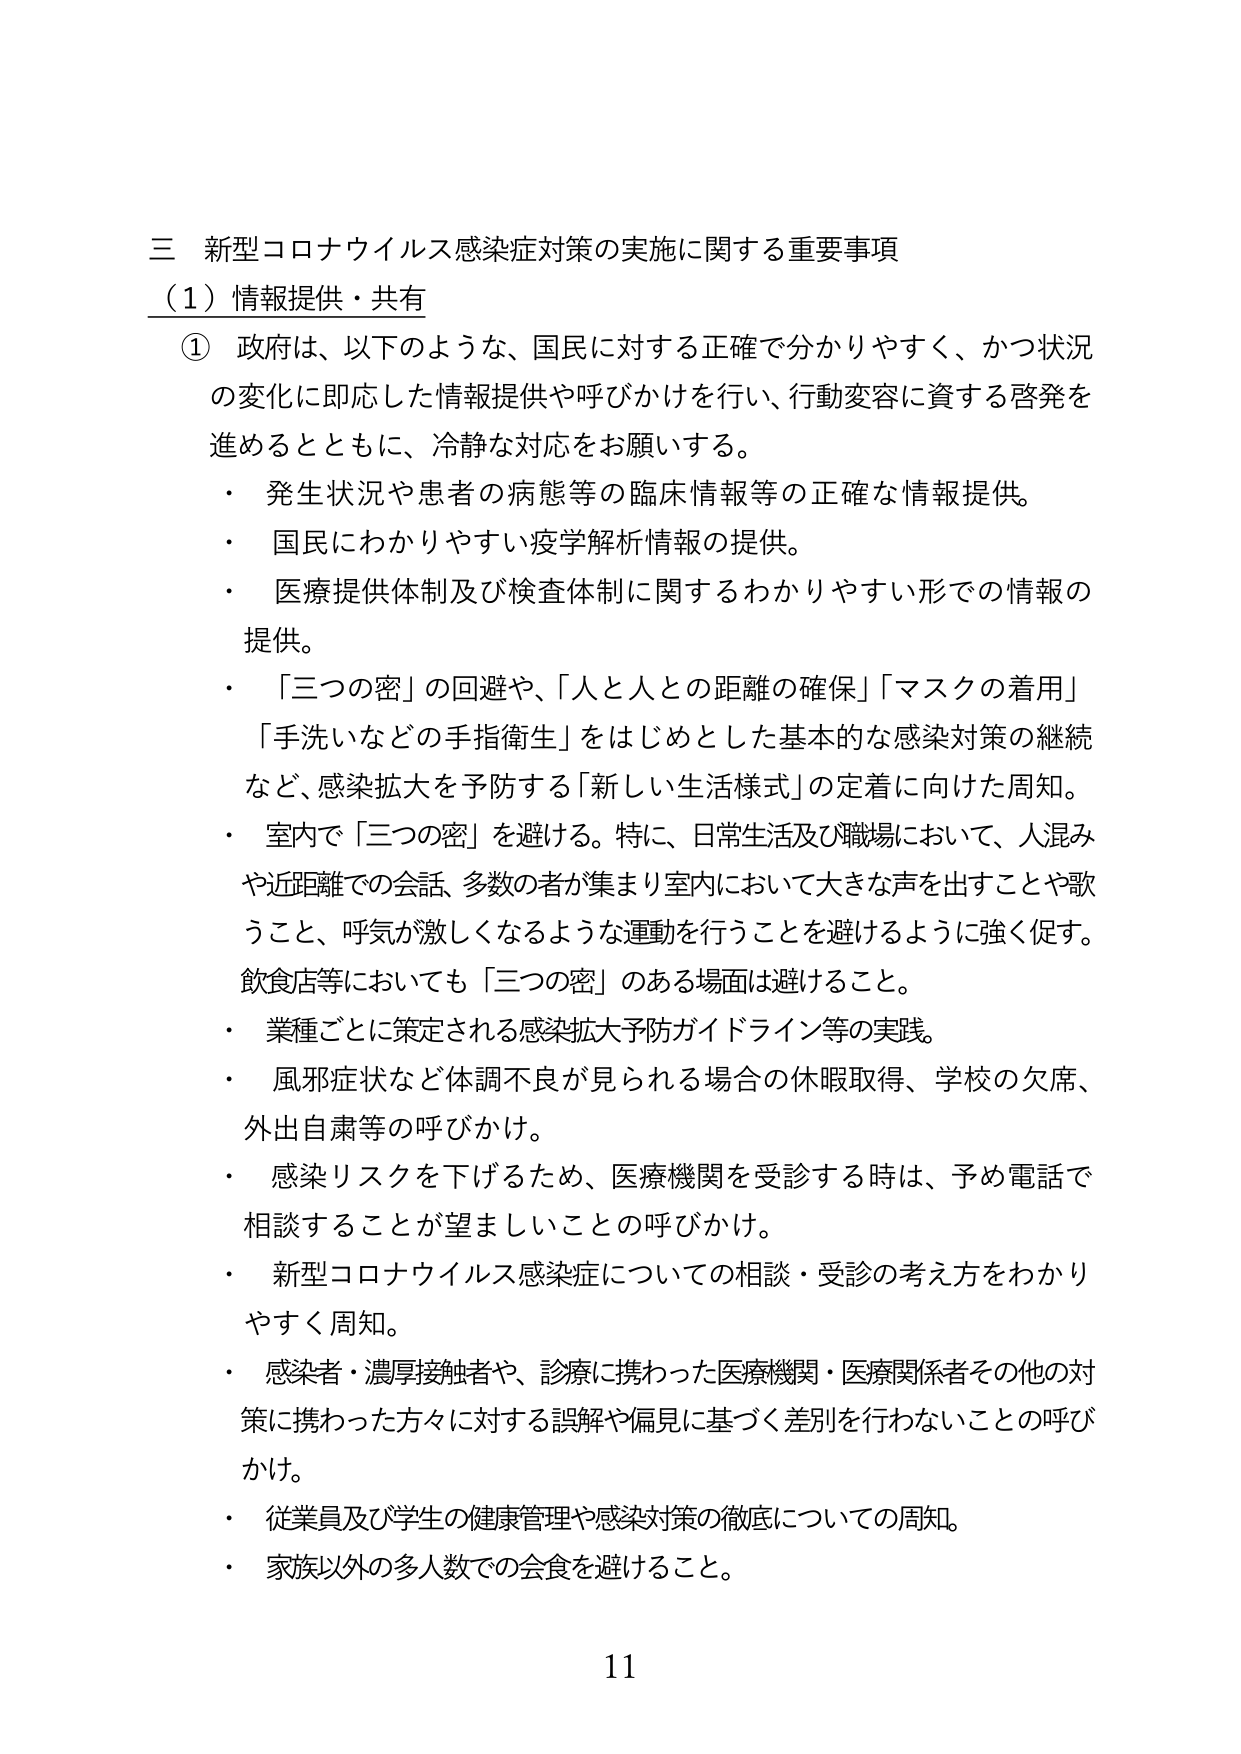
三 新型コロナウイルス感染症対策の実施に関する重要事項
（1）情報提供・共有
① 政府は、以下のような、国民に対する正確で分かりやすく、かつ状況の変化に即応した情報提供や呼びかけを行い、行動変容に資する啓発を進めるとともに、冷静な対応をお願いする。
・ 発生状況や患者の病態等の臨床情報等の正確な情報提供。
・ 国民にわかりやすい疫学解析情報の提供。
・ 医療提供体制及び検査体制に関するわかりやすい形での情報の提供。
・ 「三つの密」の回避や、「人と人との距離の確保」「マスクの着用」「手洗いなどの手指衛生」をはじめとした基本的な感染対策の継続など、感染拡大を予防する「新しい生活様式」の定着に向けた周知。
・ 室内で「三つの密」を避ける。特に、日常生活及び職場において、人混みや近距離での会話、多数の者が集まり室内において大きな声を出すことや歌うこと、呼気が激しくなるような運動を行うことを避けるように強く促す。飲食店等においても「三つの密」のある場面は避けること。
・ 業種ごとに策定される感染拡大予防ガイドライン等の実践。
・ 風邪症状など体調不良が見られる場合の休暇取得、学校の欠席、外出自粛等の呼びかけ。
・ 感染リスクを下げるため、医療機関を受診する時は、予め電話で相談することが望ましいことの呼びかけ。
・ 新型コロナウイルス感染症についての相談・受診の考え方をわかりやすく周知。
・ 感染者・濃厚接触者や、診療に携わった医療機関・医療関係者その他の対策に携わった方々に対する誤解や偏見に基づく差別を行わないことの呼びかけ。
・ 従業員及び学生の健康管理や感染対策の徹底についての周知。
・ 家族以外の多人数での会食を避けること。
11